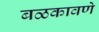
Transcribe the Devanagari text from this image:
बळकावणे